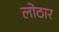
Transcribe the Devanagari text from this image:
लोठार